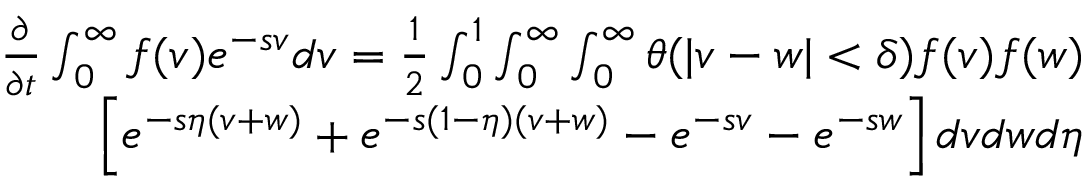
\begin{array} { r } { \begin{array} { r } { \frac { \partial } { \partial t } \int _ { 0 } ^ { \infty } f ( v ) e ^ { - s v } d v = \frac { 1 } { 2 } \int _ { 0 } ^ { 1 } \int _ { 0 } ^ { \infty } \int _ { 0 } ^ { \infty } \theta ( | v - w | < \delta ) f ( v ) f ( w ) } \\ { \left[ e ^ { - s \eta ( v + w ) } + e ^ { - s ( 1 - \eta ) ( v + w ) } - e ^ { - s v } - e ^ { - s w } \right] d v d w d \eta } \end{array} } \end{array}